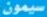
سيمون